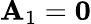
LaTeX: \mathbf{A}_{1}=\mathbf{0}